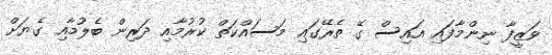
ވަޒީފާ ނިންމާފައި އައިސް ގޭ ތެރޭގައި މަސައްކަތް ކުރުމާއި ދަރިން ބެލުމާއި ގެޔަށް